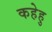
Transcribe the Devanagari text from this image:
कहेहु